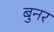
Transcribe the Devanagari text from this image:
बुनर